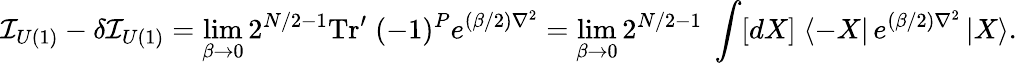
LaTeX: {\cal I}_{U(1)}-\delta{\cal I}_{U(1)}=\operatorname*{lim}_{\beta\rightarrow 0}2^{N/2-1}\mathrm{Tr^{\prime}}\; (-1)^{P}e^{(\beta/2)\nabla^{2}}=\operatorname*{lim}_{\beta\rightarrow 0}2^{N/2-1}\; \int[dX]\; \langle-X\vert\, e^{(\beta/2)\nabla^{2}}\, \vert X\rangle.